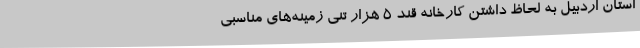
استان اردبیل به لحاظ داشتن کارخانه قند 5 هزار تنی زمینه‌های مناسبی